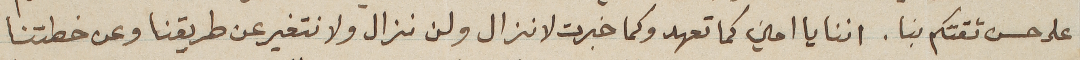
على حسن ثقتكم بنا. اننا يا امين كما تعهد وكما خبرت لا نزال ولن نزال ولا نتغير عن طريقنا وعن خطتنا